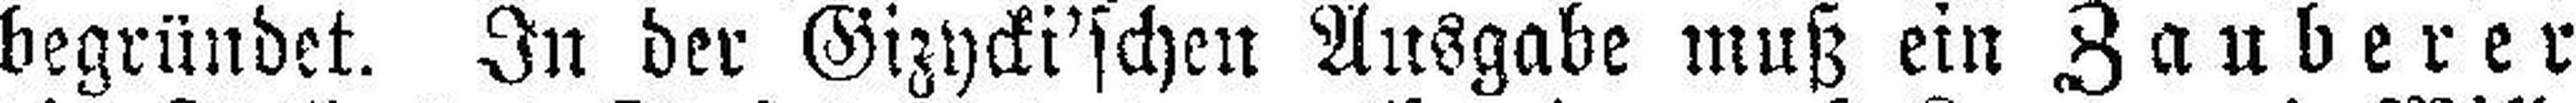
begründet. In der Gizycki'schen Ausgabe muß ein Zauberer